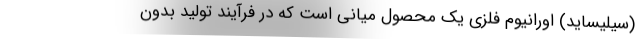
(سیلیساید) اورانیوم فلزی یک محصول میانی است که در فرآیند تولید بدون